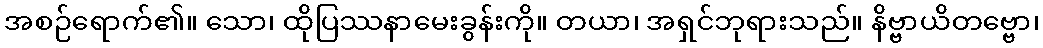
အစဉ်ရောက်၏။ သော၊ ထိုပြဿနာမေးခွန်းကို။ တယာ၊ အရှင်ဘုရားသည်။ နိဗ္ဗာယိတဗ္ဗော၊